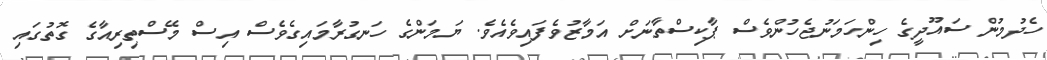
ހެދުމުން ސައޫދީގެ ހިންހަމަނުޖެހުންވެސް ޕާކިސްތާނަށް އަމާޒުވެފައިވެއެވެ. ޔަމަންގެ ހަނގުރާމައިގެވެސް އިސް މޭސްތިރިއާގެ ގޮތުގައި